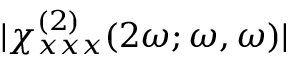
\lvert \chi _ { x x x } ^ { ( 2 ) } ( 2 \omega ; \omega , \omega ) \rvert